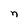
Character: n